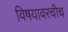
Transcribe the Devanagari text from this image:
विषयावरचीच